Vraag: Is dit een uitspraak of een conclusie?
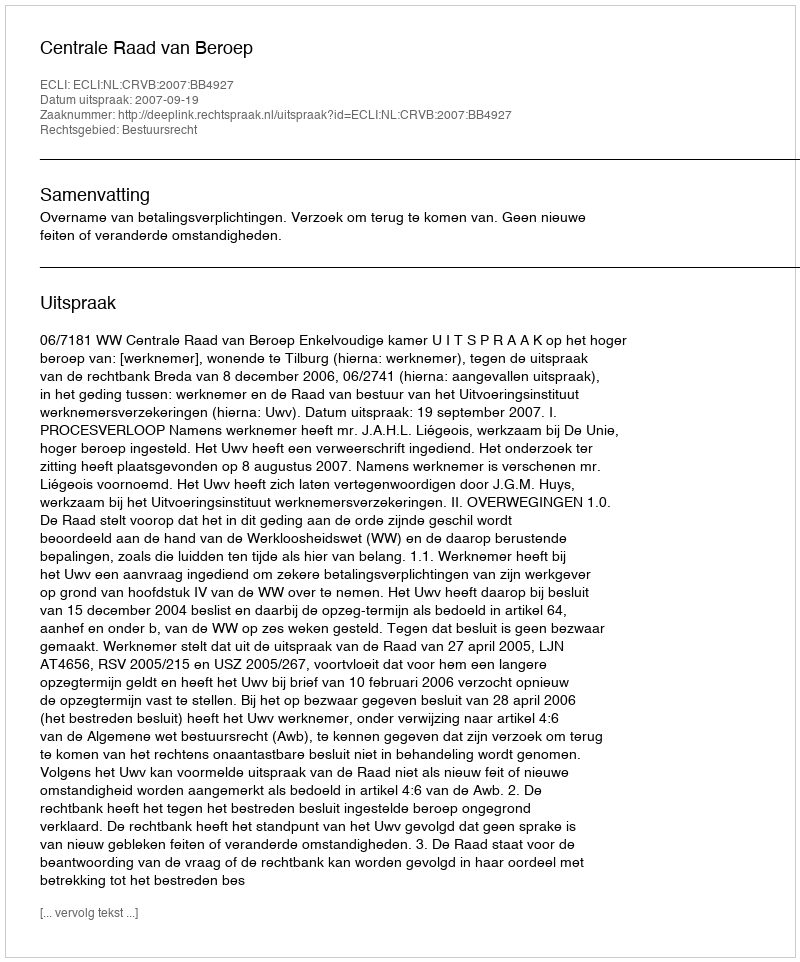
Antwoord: Uitspraak